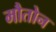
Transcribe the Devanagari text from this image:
मौतोन